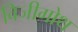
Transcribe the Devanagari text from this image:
विजीगोथ